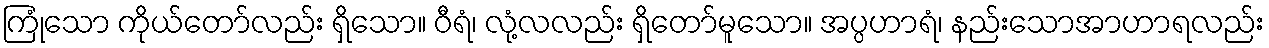
ကြုံသော ကိုယ်တော်လည်း ရှိသော။ ဝီရံ၊ လုံ့လလည်း ရှိတော်မူသော။ အပ္ပဟာရံ၊ နည်းသောအာဟာရလည်း